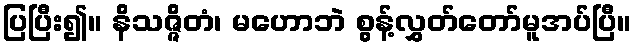
ပြပြီး၍။ နိသဇ္ဇိတံ၊ မဟောဘဲ စွန့်လွှတ်တော်မူအပ်ပြီ။